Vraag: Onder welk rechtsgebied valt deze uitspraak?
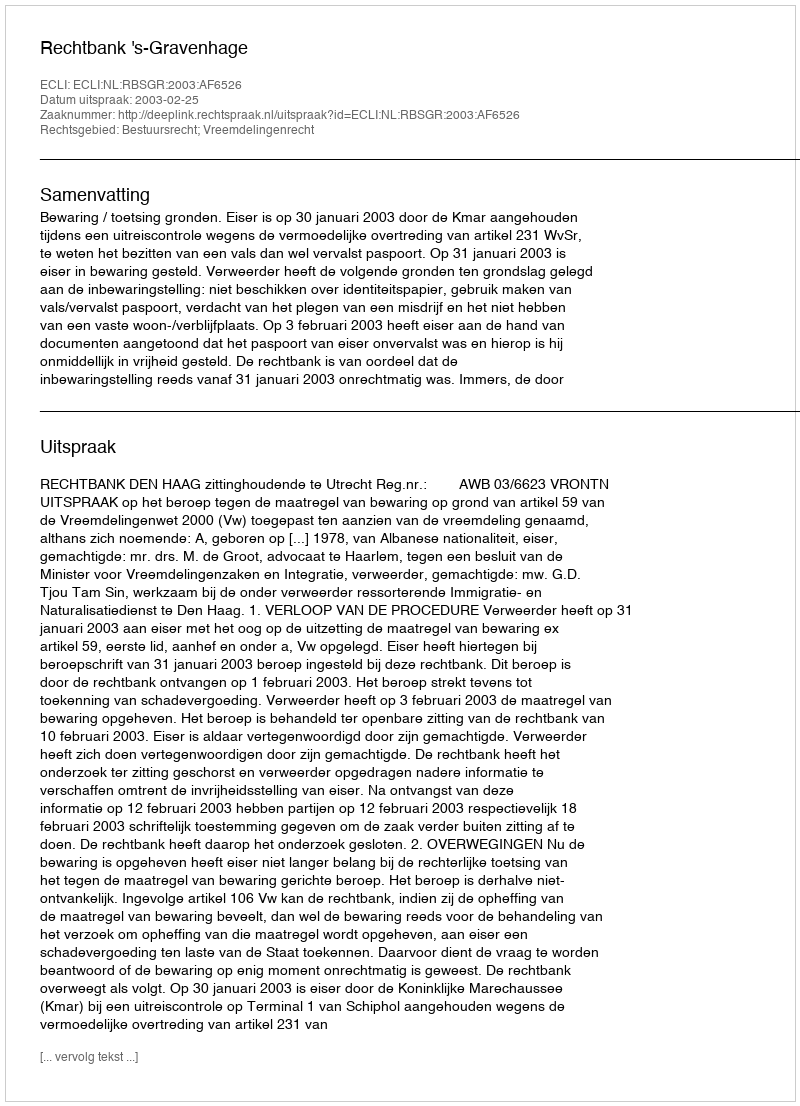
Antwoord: Bestuursrecht; Vreemdelingenrecht